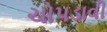
ચોપડાવી